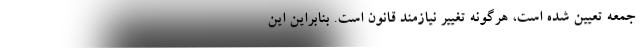
جمعه تعیین شده است، هرگونه تغییر نیازمند قانون است. بنابراین این